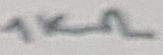
Text: 1KΩ